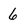
Character: 6